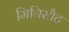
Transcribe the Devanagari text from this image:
मिनिसौट